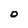
Character: O